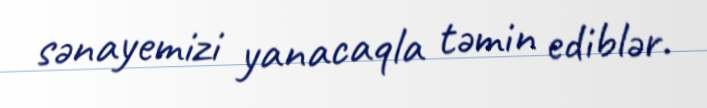
sənayemizi yanacaqla təmin ediblər.